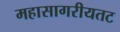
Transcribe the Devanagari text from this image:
महासागरीयतट